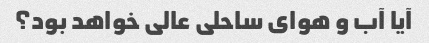
آیا آب و هوای ساحلی عالی خواهد بود؟